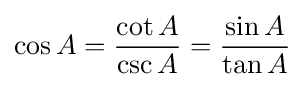
\cos A={\frac {\cot A}{\csc A}}={\frac {\sin A}{\tan A}}